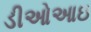
ડીઓઆઇ